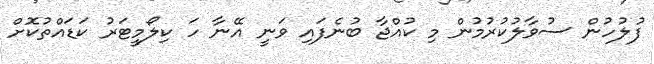
ފުލުހުން ސުވާލުކުރުމުން މި ކުއްޖާ ބުނެފައި ވަނީ އޭނާ ހަ ކިލޯމީޓަރު ކަޑައްތުކޮށް